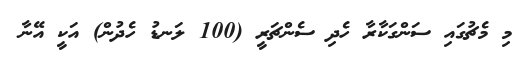
މި މެޗުގައި ސަންގަކާރާ ހެދި ސެންޗަރީ (100 ލަނޑު ހެދުން) އަކީ އޭނާ